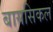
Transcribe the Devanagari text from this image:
बायसिकल